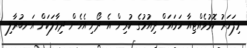
މިފަހަރު ކޮޅުވެއްޓިއާ ހަމައަށް ދިއުމުގެ ކުރިން އެ ދޯނި އެހެން ދިމާލަކަށް އަނބުރާލި